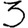
Digit: 3